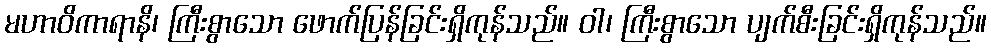
မဟာဝိကာရာနိ၊ ကြီးစွာသော ဖောက်ပြန်ခြင်းရှိကုန်သည်။ ဝါ၊ ကြီးစွာသော ပျက်စီးခြင်းရှိကုန်သည်။